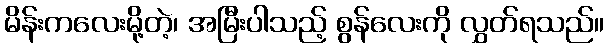
မိန်းကလေးမို့တဲ့၊ အမြီးပါသည့် စွန်လေးကို လွှတ်ရသည်။